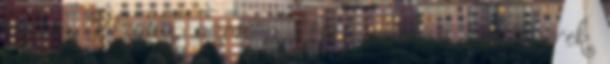
látom. Bizony, azon a képen ahol a sok gyerek